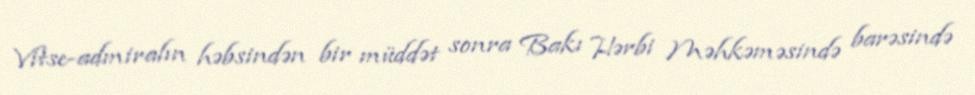
Vitse-admiralın həbsindən bir müddət sonra Bakı Hərbi Məhkəməsində barəsində